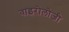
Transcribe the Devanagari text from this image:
वाइरोलोजी